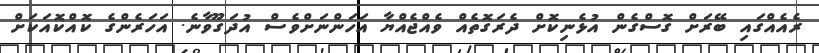
ރެއެއްގައި ބޭރަށް ގޮސްގެން އުޅެނިކޮށް ދެރަގޮތެއް ވެއްޖެއްޔާ އަހަންނަށްވެސް އުދަގޫވާނެ. އަހަރެންގެ ކޮއްކޮއަކަށް